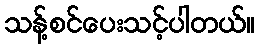
သန့်စင်ပေးသင့်ပါတယ်။